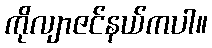
ကိုလျာဇင်နယ်ကပါ။